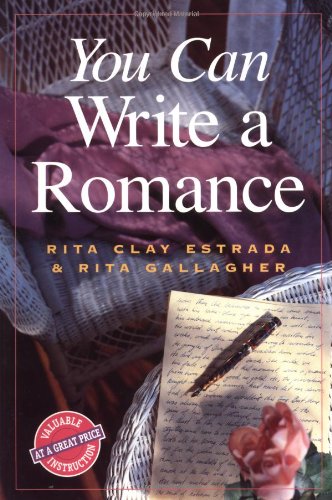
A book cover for You Can Write a Romance (You Can Write It!); Rita Clay Estrada; Romance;